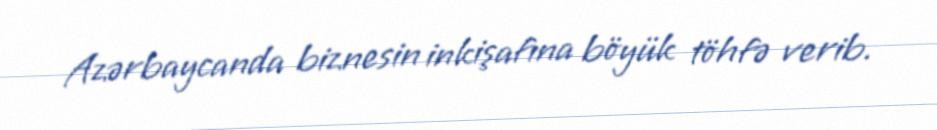
Azərbaycanda biznesin inkişafına böyük töhfə verib.